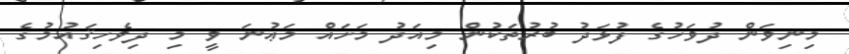
މިނިވަން ދުވަހުގެ ފުޅަދު ބުރުތަކުން މިއަދު މަށައް މަޢުނަ ވީ މި ދިވެހިޤައުމުގެ